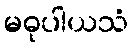
မဓုပါယသံ